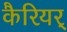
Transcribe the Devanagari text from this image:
कैरियर्